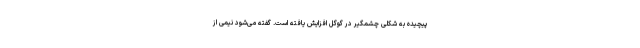
پیچیده به شکلی چشمگیر در گوگل افزایش یافته است. گفته می‌شود نیمی از